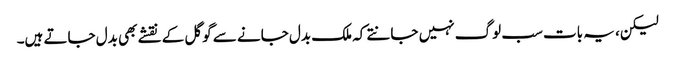
لیکن، یہ بات سب لوگ نہیں جانتے کہ ملک بدل جانے سے گوگل کے نقشے بھی بدل جاتے ہیں۔